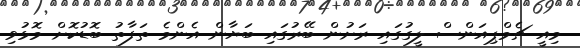
މިއީ ޗެމްޕިއަންސް ލީގުގައި ރަށުން ބޭރުގައި ބަޔާން އެންމެ ތަފާތު ބޮޑުކޮށް މޮޅުވި